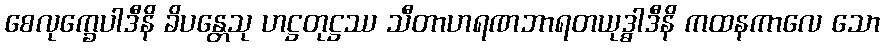
စေလုက္ခေပါဒီနိ ခိပန္တေသု ဟဋ္ဌတုဋ္ဌဿ သီတာဟရဏဘာရတယုဒ္ဓါဒီနိ ကထနကာလေ သော